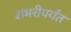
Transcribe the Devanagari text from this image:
शंभरीपर्यंत